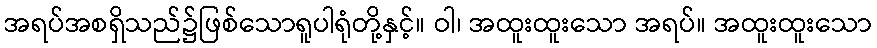
အရပ်အစရှိသည်၌ဖြစ်သောရူပါရုံတို့နှင့်။ ဝါ၊ အထူးထူးသော အရပ်။ အထူးထူးသော